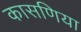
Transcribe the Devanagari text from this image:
कासणिया